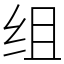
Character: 组